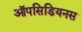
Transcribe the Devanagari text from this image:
ऑपसिडियनस